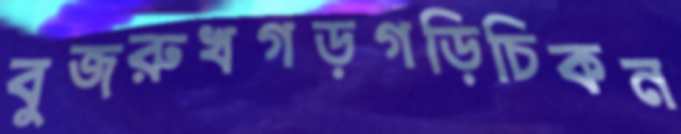
বুজরুখগড়গড়িচিকন